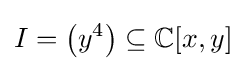
I=\left(y^{4}\right)\subseteq \mathbb {C} [x,y]